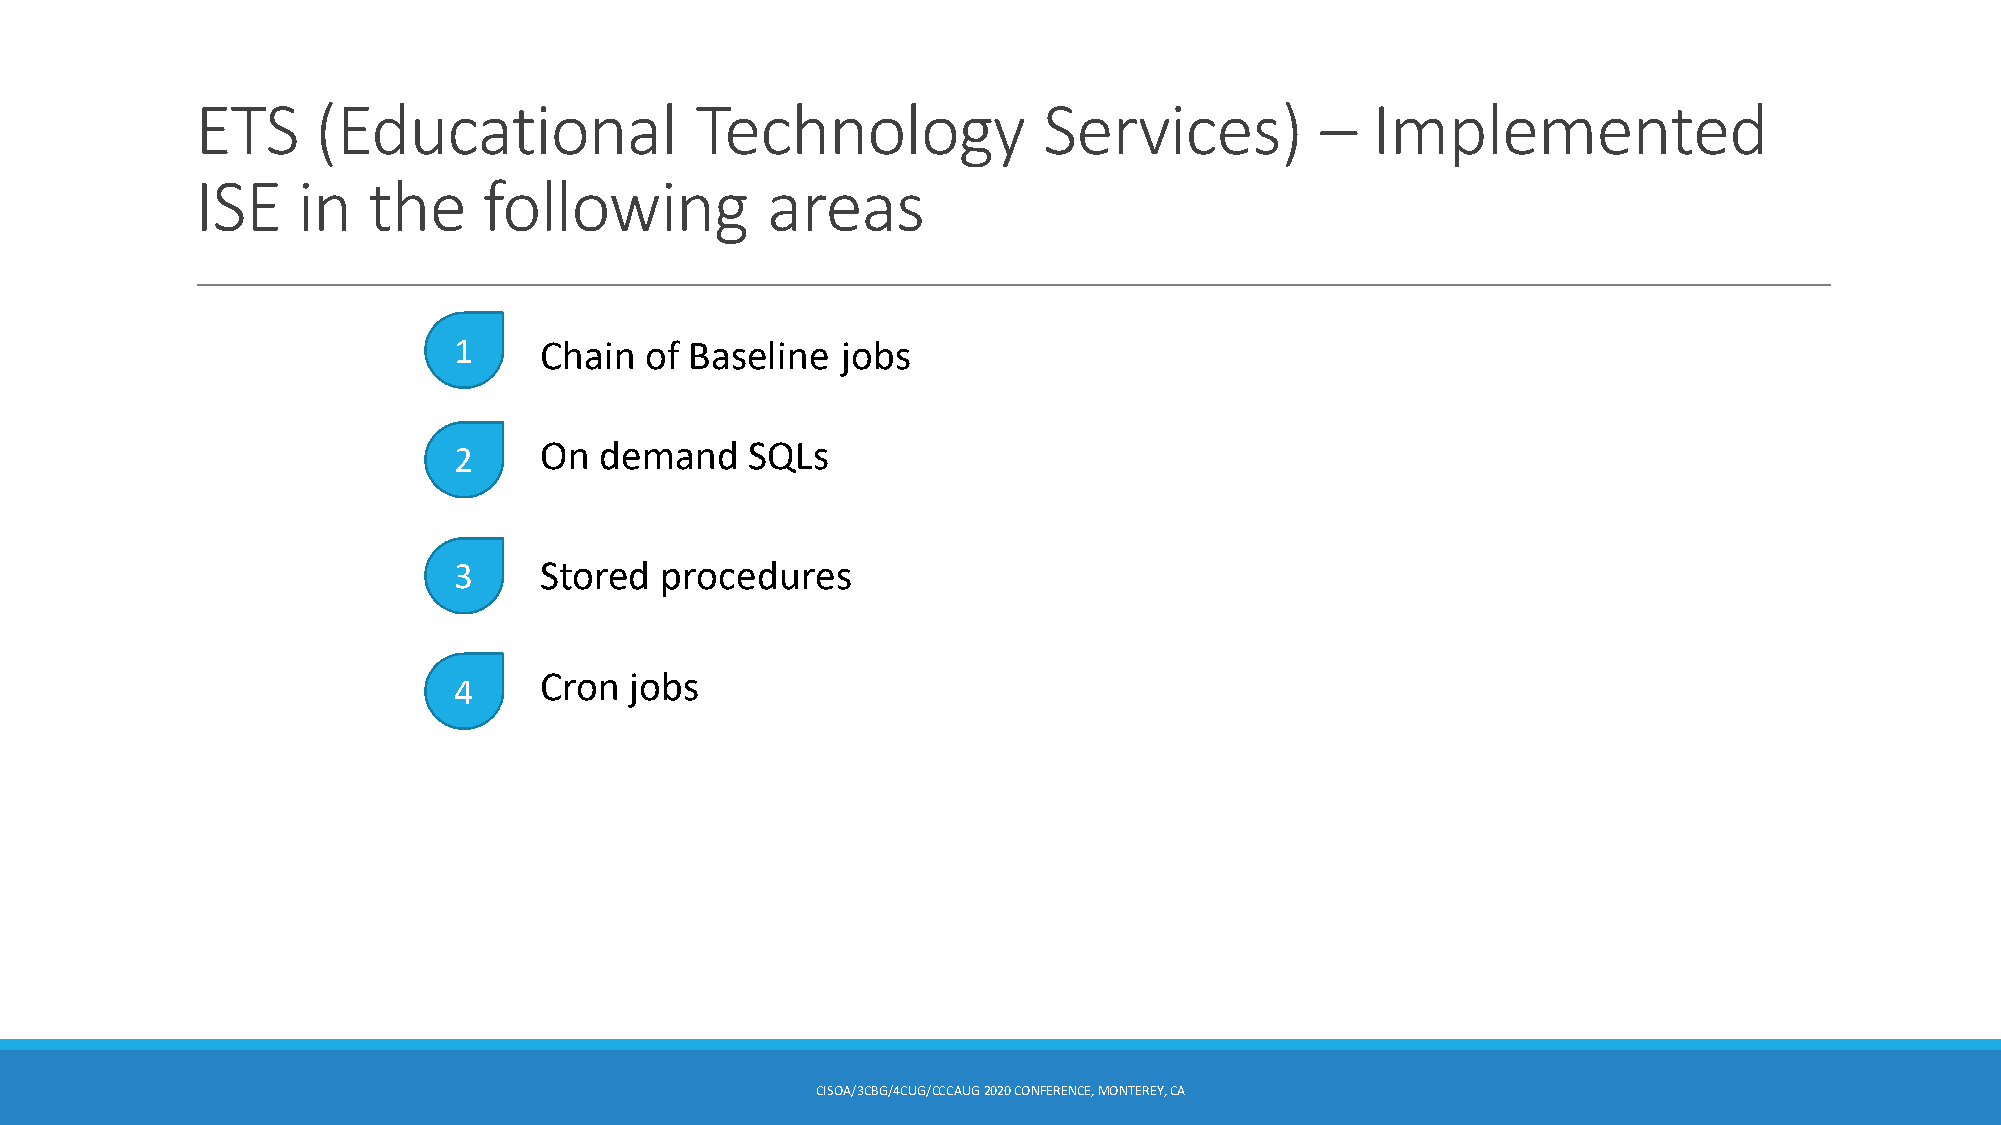
ETS     (Educational             Technology             Services)         –   Implemented
 ISE    in  the     following          areas
 1     Chain  of Baseline  jobs
 On  demand    SQLs
 2
 3     Stored  procedures
 Cron  jobs
 4
 CISOA/3CBG/4CUG/CCCAUG2020 CONFERENCE, MONTEREY, CA